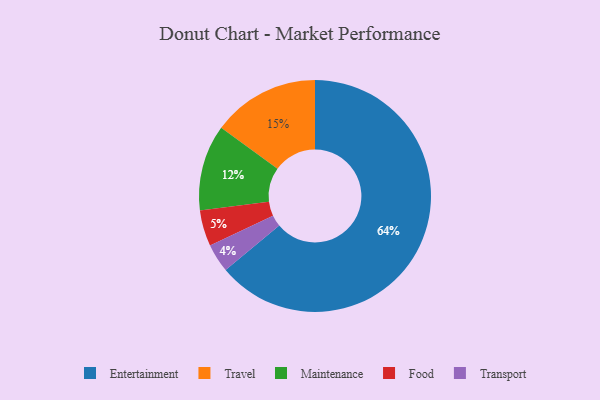
{"axis": {"x": "Category", "y": "Percentage"}, "legend": ["Entertainment", "Food", "Maintenance", "Transport", "Travel"], "data": [{"x": "Transport", "y": 4, "type": "Transport"}, {"x": "Travel", "y": 15, "type": "Travel"}, {"x": "Food", "y": 5, "type": "Food"}, {"x": "Maintenance", "y": 12, "type": "Maintenance"}, {"x": "Entertainment", "y": 64, "type": "Entertainment"}]}